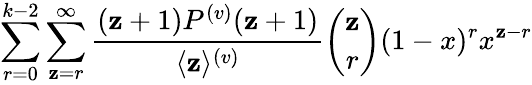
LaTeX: \sum_{r=0}^{k-2}\sum_{\mathbf{z}=r}^{\infty}\frac{{(\mathbf{z}+1)P^{(v)}(\mathbf{z}+1)}}{{\langle\mathbf{z}\rangle^{(v)}}}\binom{\mathbf{z}}{r}(1-x)^{r}x^{\mathbf{z}-r}